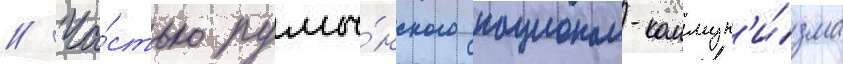
// Ча́стью румы́нского национал-коммун'и́зма